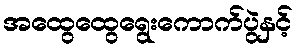
အထွေထွေရွေးကောက်ပွဲနှင့်